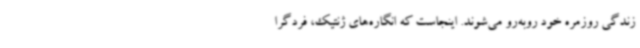
زندگی روزمره خود روبه‌رو می‌شوند. اینجاست که انگاره‌های ژنتیک، فردگرا